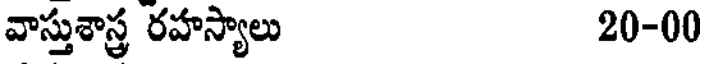
వాస్తుశాస్త్ర రహస్యాలు 20-00